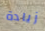
زيادة